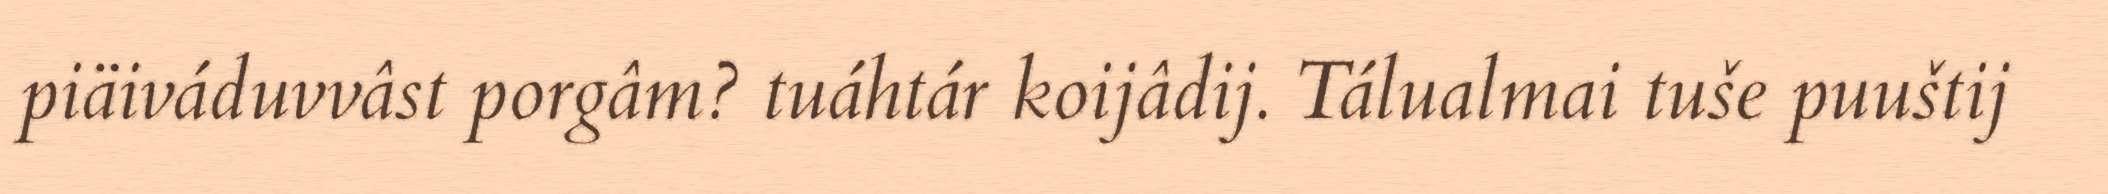
piäiváduvvâst porgâm? tuáhtár koijâdij. Tálualmai tuše puuštij